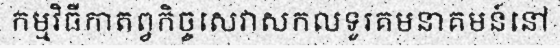
កម្មវិធីកាតព្វកិច្ចសេវាសកលទូរគមនាគមន៍នៅ